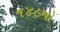
૧૪૯મો